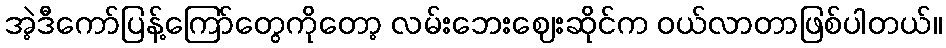
အဲ့ဒီကော်ပြန့်ကြော်တွေကိုတော့ လမ်းဘေးဈေးဆိုင်က ဝယ်လာတာဖြစ်ပါတယ်။